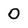
Character: 0